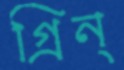
গ্রিন্